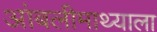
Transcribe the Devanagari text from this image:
आंबलीमाथ्याला